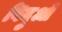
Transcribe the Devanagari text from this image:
विदुओं